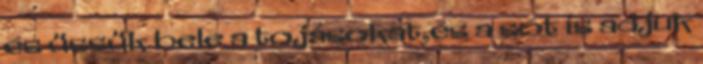
és üssük bele a tojásokat,és a sót is adjuk